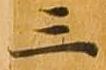
三